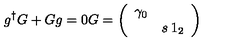
g ^ { \dagger } G + G g = 0 G = \left( \begin{array} { c c } { \gamma _ { 0 } } & { } \\ { } & { s \: 1 _ { 2 } } \\ \end{array} \right)